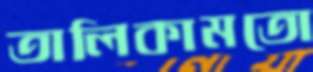
তালিকামতো